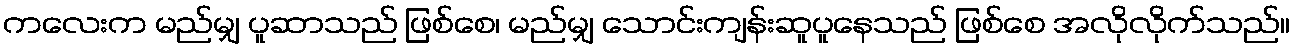
ကလေးက မည်မျှ ပူဆာသည် ဖြစ်စေ၊ မည်မျှ သောင်းကျန်းဆူပူနေသည် ဖြစ်စေ အလိုလိုက်သည်။